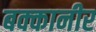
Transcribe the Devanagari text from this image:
बक्कानीर